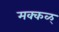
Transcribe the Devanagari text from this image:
मक्कळ्